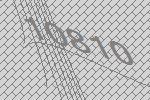
10810